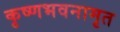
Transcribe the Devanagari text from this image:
कृष्णभवनामृत